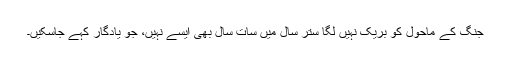
جنگ کے ماحول کو بریک نہیں لگا ستر سال میں سات سال بھی ایسے نہیں، جو یادگار کہے جاسکیں۔